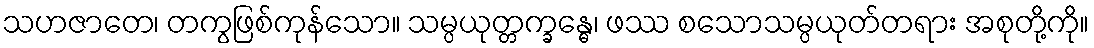
သဟဇာတေ၊ တကွဖြစ်ကုန်သော။ သမ္ပယုတ္တက္ခန္ဓေ၊ ဖဿ စသောသမ္ပယုတ်တရား အစုတို့ကို။